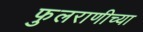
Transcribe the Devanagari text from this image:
फुलराणीच्या